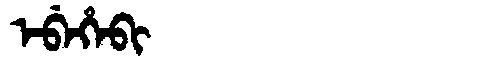
Manchu: ᡝᠪᡝᡥᡝᠪᡳ
Romanization: EBEHEBI